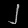
Digit: ၂